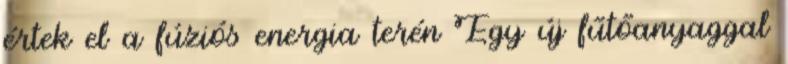
értek el a fúziós energia terén Egy új fűtőanyaggal